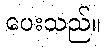
ပေးသည်။